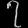
Digit: ၇